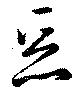
悪